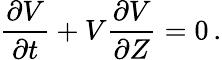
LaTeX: \frac{\partial V}{\partial t}+V\frac{\partial V}{\partial Z}=0\, .